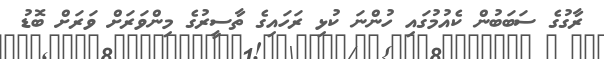
ރާގުގެ ސަބަބުން ކެއުމުގައި ހުންނަ ކުޅި ރަހައިގެ ތާސީރުގެ މިންވަރަށް ވަރަށް ބޮޑު